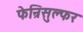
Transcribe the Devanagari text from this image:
फेन्रिसुल्फर